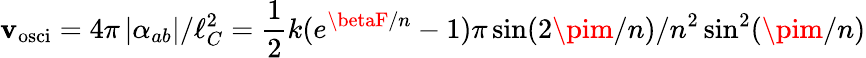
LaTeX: \mathbf{v}_{\mathrm{{osci}}}=4\pi\left|\alpha_{ab}\right|/\ell_{C}^{2}=\frac{1}{2}k(e^{\betaF/n}-1)\pi\sin(2\pim/n)/n^{2}\sin^{2}(\pim/n)